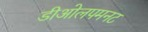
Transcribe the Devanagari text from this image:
डीओलपमनट